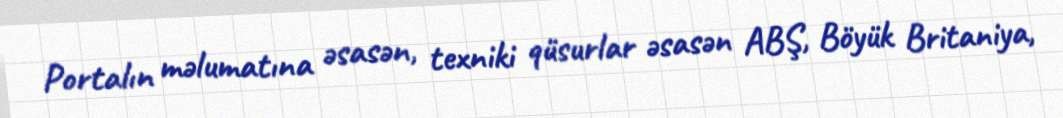
Portalın məlumatına əsasən, texniki qüsurlar əsasən ABŞ, Böyük Britaniya,